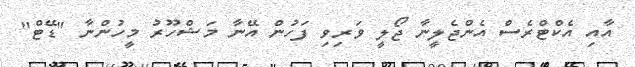
އާއި އެކްޓްރެސް އެންޖެލީނާ ޖޯލީ ވަރިވި ފަހުން އޭނާ މަޝްހޫރު މީހުންނާ "ޑޭޓް"